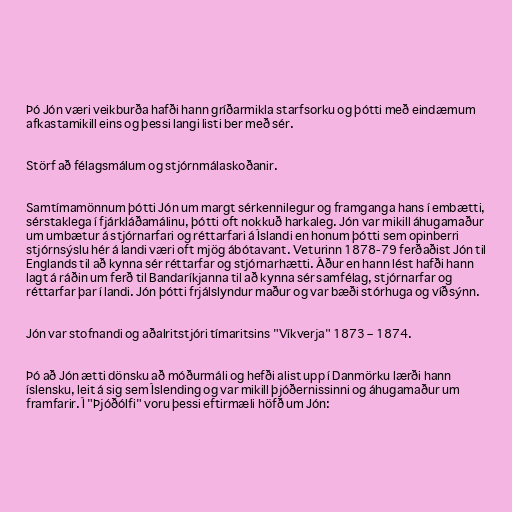
Þó Jón væri veikburða hafði hann gríðarmikla starfsorku og þótti með eindæmum
afkastamikill eins og þessi langi listi ber með sér.

Störf að félagsmálum og stjórnmálaskoðanir.

Samtímamönnum þótti Jón um margt sérkennilegur og framganga hans í embætti,
sérstaklega í fjárkláðamálinu, þótti oft nokkuð harkaleg. Jón var mikill áhugamaður
um umbætur á stjórnarfari og réttarfari á Íslandi en honum þótti sem opinberri
stjórnsýslu hér á landi væri oft mjög ábótavant. Veturinn 1878-79 ferðaðist Jón til
Englands til að kynna sér réttarfar og stjórnarhætti. Áður en hann lést hafði hann
lagt á ráðin um ferð til Bandaríkjanna til að kynna sér samfélag, stjórnarfar og
réttarfar þar í landi. Jón þótti frjálslyndur maður og var bæði stórhuga og víðsýnn.

Jón var stofnandi og aðalritstjóri tímaritsins "Víkverja" 1873 – 1874.

Þó að Jón ætti dönsku að móðurmáli og hefði alist upp í Danmörku lærði hann
íslensku, leit á sig sem Íslending og var mikill þjóðernissinni og áhugamaður um
framfarir. Í "Þjóðólfi" voru þessi eftirmæli höfð um Jón: